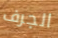
الجرف